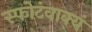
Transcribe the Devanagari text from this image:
स्फोटंवाक्यं